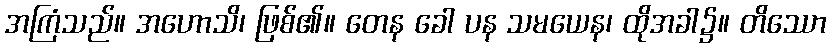
အကြံသည်။ အဟောသိ၊ ဖြစ်၏။ တေန ခေါ ပန သမယေန၊ ထိုအခါ၌။ တိဿော